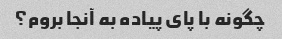
چگونه با پای پیاده به آنجا بروم؟